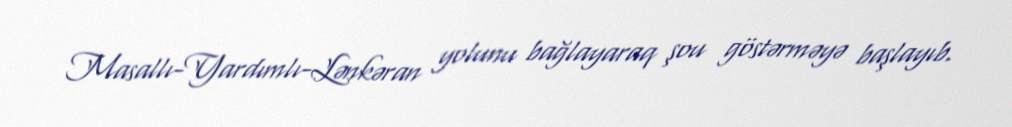
Masallı-Yardımlı-Lənkəran yolunu bağlayaraq şou göstərməyə başlayıb.